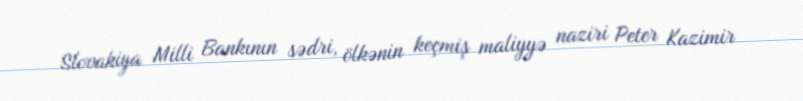
Slovakiya Milli Bankının sədri, ölkənin keçmiş maliyyə naziri Peter Kazimir